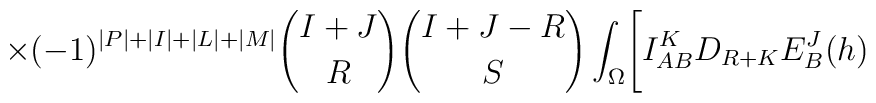
\times(-1)^{\vert P \vert +\vert I \vert +\vert L \vert +\vert M \vert}{{I+J} \choose R}{{I+J-R} \choose S}\int_{\Omega}\Biggl[ I^K_{AB}D_{R+K}E^J_B(h)